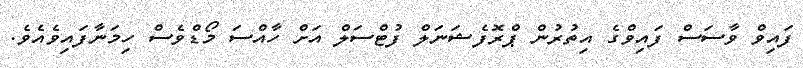
ފައިވް ވާސަސް ފައިވްގެ އިތުރުން ޕްރޮފެޝަނަލް ފުޓްސަލް އަށް ހާއްސަ މޯޑްވެސް ހިމަނާފައިވެއެވެ.